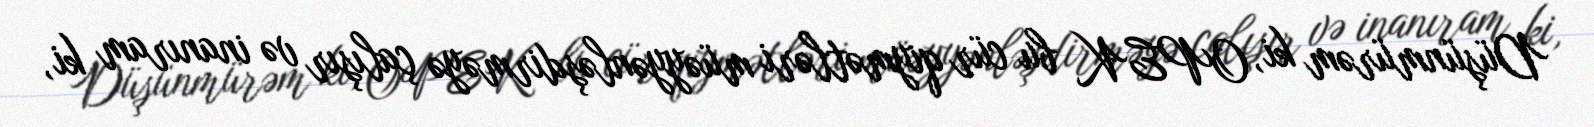
Düşünmürəm ki, OPEK bu cür qiymətləri müəyyənləşdirməyə çalışır və inanıram ki,